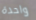
واحدة